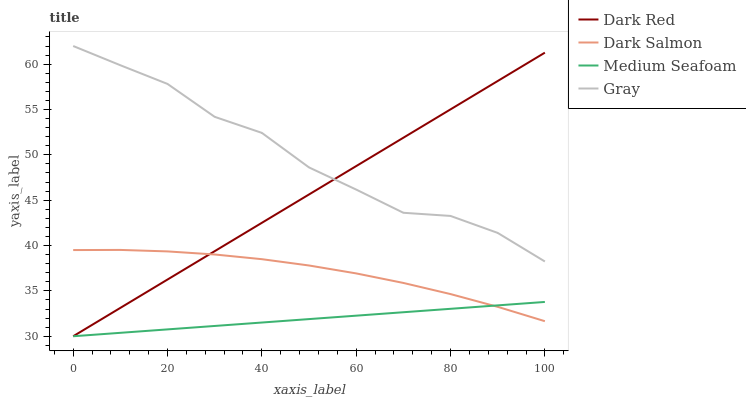
| xaxis_label | Dark Red | Dark Salmon | Medium Seafoam | Gray |
 | --- | --- | --- | --- | --- |
 | 0 | 30 | 39.5 | 30 | 62 |
 | 10 | 33.1 | 39.5 | 30.4 | 59.9 |
 | 20 | 36.3 | 39.4 | 30.8 | 57.8 |
 | 30 | 39.4 | 39 | 31.1 | 54.2 |
 | 40 | 42.5 | 38.5 | 31.5 | 52.4 |
 | 50 | 45.6 | 37.8 | 31.9 | 48.6 |
 | 60 | 48.8 | 36.9 | 32.3 | 46.2 |
 | 70 | 51.9 | 35.9 | 32.6 | 43.6 |
 | 80 | 55 | 34.6 | 33 | 43.3 |
 | 90 | 58.1 | 33.2 | 33.4 | 41.4 |
 | 100 | 61.3 | 31.7 | 33.8 | 38.2 |